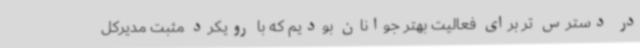
در دسترس تر برای فعالیت بهتر جوانان بودیم که با رویکرد مثبت مدیرکل